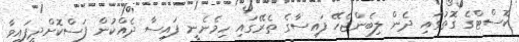
ކޮސްޓްގެ ގޮތުގައި ދެން ލިބެންޖެހޭ ފައިސާގެ ތެރޭގައި ހިމެނެނީ ފައިސާ ދެއްކުން ފަސްކޮށްދީފައިވާ